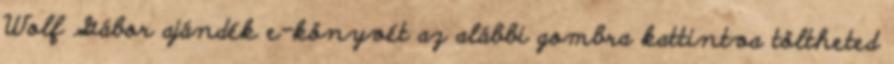
Wolf Gábor ajándék e-könyvét az alábbi gombra kattintva töltheted